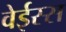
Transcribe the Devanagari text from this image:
वेईस्स